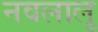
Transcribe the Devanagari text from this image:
नवलालू